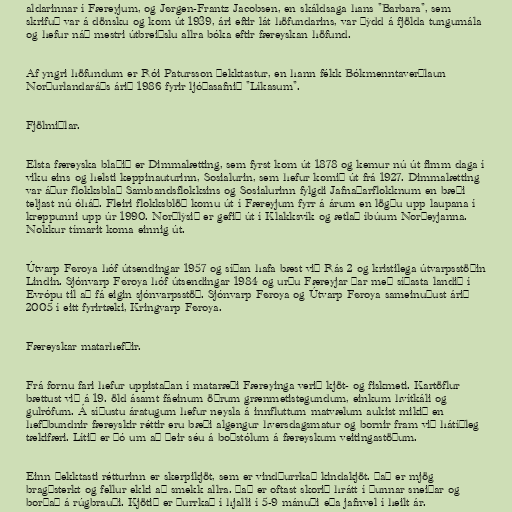
aldarinnar í Færeyjum, og Jørgen-Frantz Jacobsen, en skáldsaga hans "Barbara", sem
skrifuð var á dönsku og kom út 1939, ári eftir lát höfundarins, var þýdd á fjölda tungumála
og hefur náð mestri útbreiðslu allra bóka eftir færeyskan höfund.

Af yngri höfundum er Rói Patursson þekktastur, en hann fékk Bókmenntaverðlaun
Norðurlandaráðs árið 1986 fyrir ljóðasafnið "Líkasum".

Fjölmiðlar.

Elsta færeyska blaðið er Dimmalætting, sem fyrst kom út 1878 og kemur nú út fimm daga í
viku eins og helsti keppinauturinn, Sosialurin, sem hefur komið út frá 1927. Dimmalætting
var áður flokksblað Sambandsflokksins og Sosialurinn fylgdi Jafnaðarflokknum en bæði
teljast nú óháð. Fleiri flokksblöð komu út í Færeyjum fyrr á árum en lögðu upp laupana í
kreppunni upp úr 1990. Norðlýsið er gefið út í Klakksvík og ætlað íbúum Norðeyjanna.
Nokkur tímarit koma einnig út.

Útvarp Føroya hóf útsendingar 1957 og síðan hafa bæst við Rás 2 og kristilega útvarpsstöðin
Lindin. Sjónvarp Føroya hóf útsendingar 1984 og urðu Færeyjar þar með síðasta landið í
Evrópu til að fá eigin sjónvarpsstöð. Sjónvarp Føroya og Útvarp Føroya sameinuðust árið
2005 í eitt fyrirtæki, Kringvarp Føroya.

Færeyskar matarhefðir.

Frá fornu fari hefur uppistaðan í mataræði Færeyinga verið kjöt- og fiskmeti. Kartöflur
bættust við á 19. öld ásamt fáeinum öðrum grænmetistegundum, einkum hvítkáli og
gulrófum. Á síðustu áratugum hefur neysla á innfluttum matvælum aukist mikið en
hefðbundnir færeyskir réttir eru bæði algengur hversdagsmatur og bornir fram við hátíðleg
tækifæri. Lítið er þó um að þeir séu á boðstólum á færeyskum veitingastöðum.

Einn þekktasti rétturinn er skerpikjöt, sem er vindþurrkað kindakjöt. Það er mjög
bragðsterkt og fellur ekki að smekk allra. Það er oftast skorið hrátt í þunnar sneiðar og
borðað á rúgbrauði. Kjötið er þurrkað í hjalli í 5-9 mánuði eða jafnvel í heilt ár.